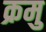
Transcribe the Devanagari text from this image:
क्रमु